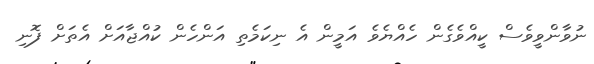
ނުވާންވީވެސް ކީއްވެގެން ހެއްޔެވެ އަމީން އެ ނިކަމެތި އަންހެން ކުއްޖާއަށް އެތަށް ފޮނި